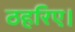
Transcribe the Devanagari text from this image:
ठहरिए।